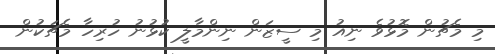
މި މެޗުން މޮޅުވެ ނިއު މި ސީޒަން ނިންމާލީ ކުޅުނު ހުރިހާ މެޗަކުން